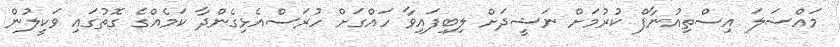
މައްސަލަ އިސްތިއުނާފް ކުރުމަށް ނަޝީދަށް ލިބިފައިވާ ހައްގަށް ހުރަސްއެޅިގެންދާ ކަމެއްގެ ގޮތުގައި ވަކީލުން